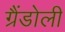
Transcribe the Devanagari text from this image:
ग्रैंडोली